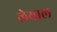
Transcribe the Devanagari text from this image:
लेयाल